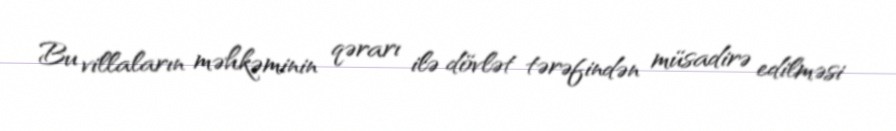
Bu villaların məhkəminin qərarı ilə dövlət tərəfindən müsadirə edilməsi